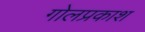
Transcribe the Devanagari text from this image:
गोलप्रकाश